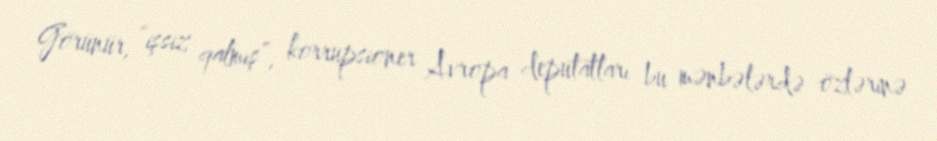
Görünür, “işsiz qalmış”, korrupsioner Avropa deputatları bu mənbələrdə özlərinə